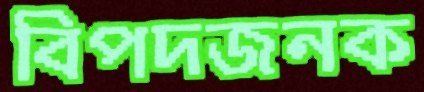
বিপদজনক